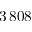
3 \, 8 0 8